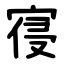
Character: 寑